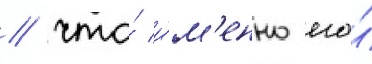
/ что́ и́м'енно его́